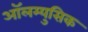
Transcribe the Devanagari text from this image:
ऑलम्युसिक